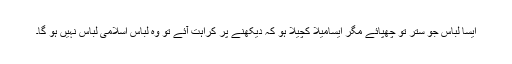
ایسا لباس جو ستر تو چھپائے مگر ایسامیلا کچیلا ہو کہ دیکھنے پر کراہت آئے تو وہ لباس اسلامی لباس نہیں ہو گا۔